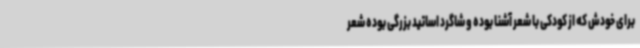
برای خودش که از کودکی با شعر آشنا بوده و شاگرد اساتید بزرگی بوده شعر